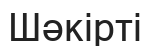
Шәкірті